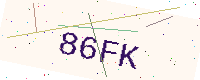
Text: 86FK